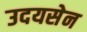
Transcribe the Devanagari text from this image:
उदयसेन